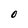
Character: O